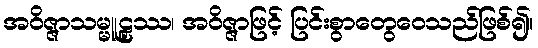
အဝိဇ္ဇာသမ္မူဠှဿ၊ အဝိဇ္ဇာဖြင့် ပြင်းစွာတွေဝေသည်ဖြစ်၍။